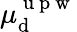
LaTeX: \mu_{\mathrm{d}}^{\mathrm{{~u~p~w~}}}